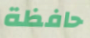
حافظة